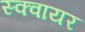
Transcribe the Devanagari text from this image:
स्‍क्‍वायर